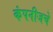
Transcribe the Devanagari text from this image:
कंपनीजचे